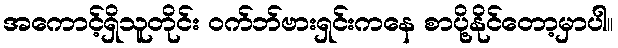
အကောင့်ရှိသူတိုင်း ဝက်ဘ်ဗားရှင်းကနေ စာပို့နိုင်တော့မှာပါ။